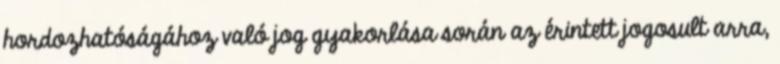
hordozhatóságához való jog gyakorlása során az érintett jogosult arra,